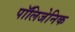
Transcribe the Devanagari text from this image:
पॉलिजेनिक